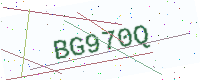
Text: BG970Q